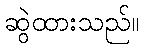
ဆွဲထားသည်။